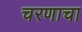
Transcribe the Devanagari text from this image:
चरणाचा